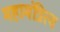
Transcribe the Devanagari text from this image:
महामंत्रित्व